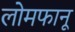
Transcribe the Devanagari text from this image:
लोमफानू